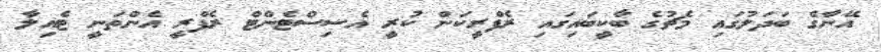
އޭނާގެ ބަދަލުގައި މެޗުގެ ބާކީބައިގައި ރެފްރީކަން ކުރީ އެސިސްޓެންޓް ރެފްރީ އެންތަނީ ޓެއިލާ